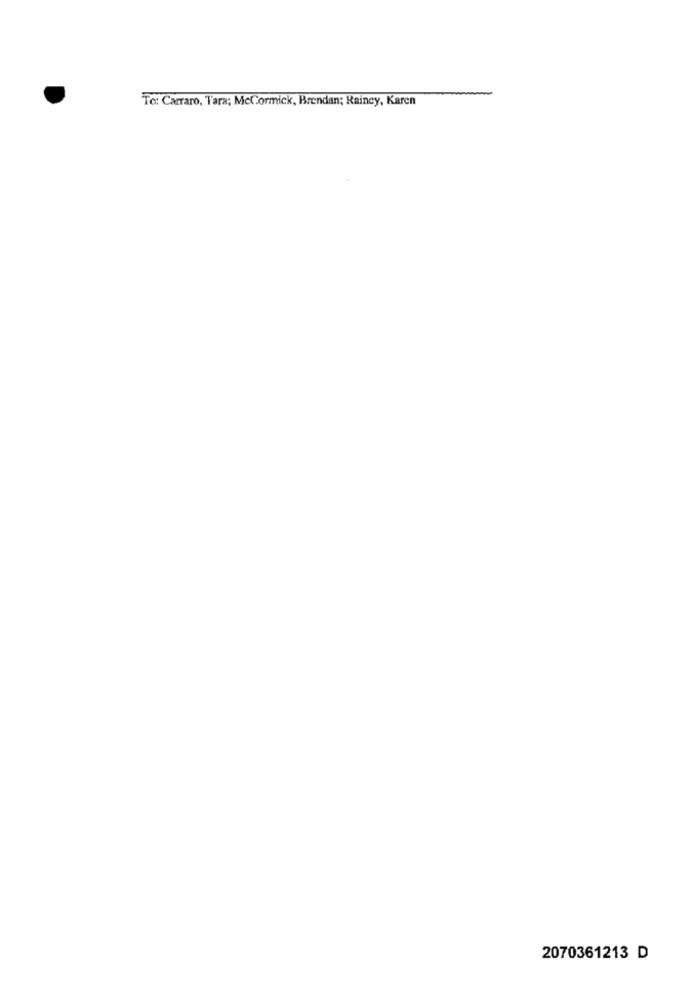
To: Carraro, Tara; McCormick, Brendan; Raincy, Karen
2070361213 D